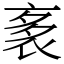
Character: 袲